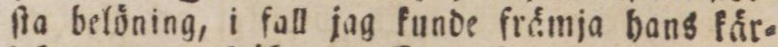
ſta belöning, i fall jag kunde främja hans kär=